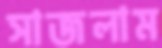
সাজলাম